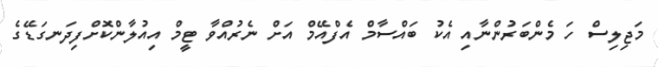
މަޖިލިސް ހަ މެންބަރުންނާއި އެކު ބައްސާމް އެފްއޭމް އަށް ނެރުއްވާ ޓީމް އިއުލާންކޮށްފިދަނގަޑޭގެ